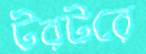
টরটরে